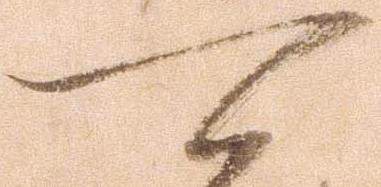
可